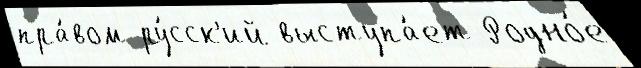
пра́вом ру́сск'ий выступа́ет Родно́е